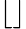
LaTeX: \left\lfloor\right\rfloor